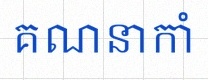
គណនាកាំ